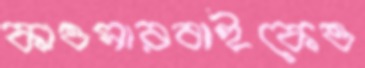
কাওসারবাইকেও